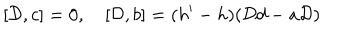
[ { \cal D } , c ] = 0 , [ { \cal D } , b ] = ( h ^ { \prime } - h ) ( { \cal D } d - a { \cal D } )